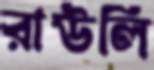
রাউলি